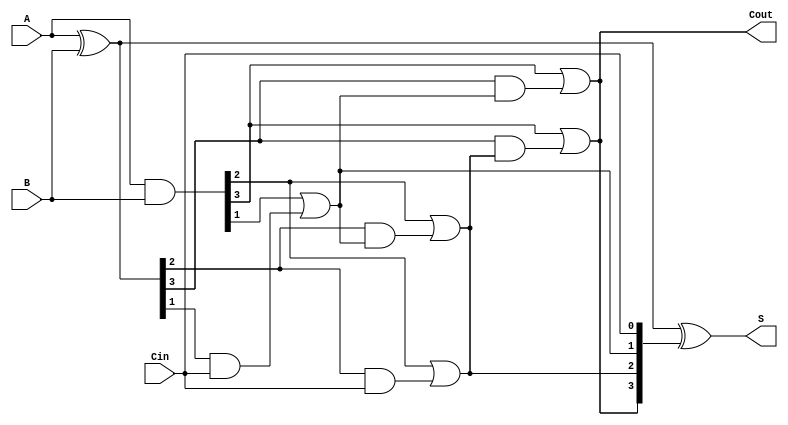
module KoggeStoneAdder #(parameter n = 4) (
    input [n-1:0] A,      // First input
    input [n-1:0] B,      // Second input
    input Cin,            // Carry-in
    output [n-1:0] S,     // Sum output
    output Cout           // Carry-out output
);

    // Generate and Propagate signals
    wire [n-1:0] P; // Propagate
    wire [n-1:0] G; // Generate
    wire [n:0] C;    // Carry signals (C[0] = Cin)

    assign P = A ^ B; // Propagate
    assign G = A & B; // Generate
    assign C[0] = Cin; // Initial carry-in

    // Carry generation stage
    genvar i, j, k;
    generate
        for (k = 0; k < $clog2(n); k = k + 1) begin : carry_gen
            for (i = 0; i < n; i = i + 1) begin : carry_calc
                if (i >= (1 << k)) begin
                    assign C[i] = G[i] | (P[i] & C[i - (1 << k)]);
                end else begin
                    assign C[i] = C[i]; // Carry remains the same for this stage
                end
            end
        end
    endgenerate

    // Final carry-out
    assign Cout = C[n-1];

    // Sum calculation
    assign S = P ^ C[n-1:0]; // Sum = Propagate XOR Carry

endmodule